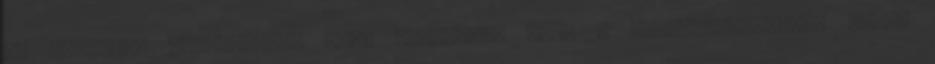
az előzetes fogvatartás első napjához, vagy a szabadságvesztés kezdő